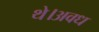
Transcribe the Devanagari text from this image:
थे।अवध